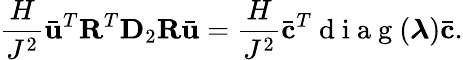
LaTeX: \frac{H}{J^{2}}\bar{\mathbf{u}}^{T}\mathbf{R}^{T}\mathbf{D}_{2}\mathbf{R}\bar{\mathbf{u}}=\frac{H}{J^{2}}\bar{\mathbf{c}}^{T}\mathrm{~d~i~a~g~}(\boldsymbol{\lambda})\bar{\mathbf{c}}.